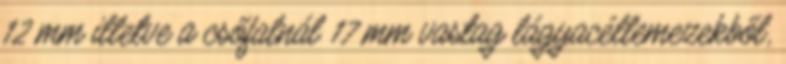
12 mm illetve a csőfalnál 17 mm vastag lágyacéllemezekből,